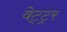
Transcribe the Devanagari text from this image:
वेट्ट्रर